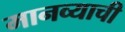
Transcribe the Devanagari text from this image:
मानव्याची